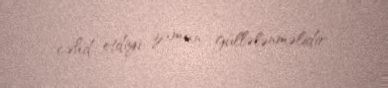
cəhd etdiyi zaman güllələnməlidir.